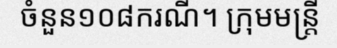
ចំនួន១០៨ករណី។ ក្រុមមន្ត្រី